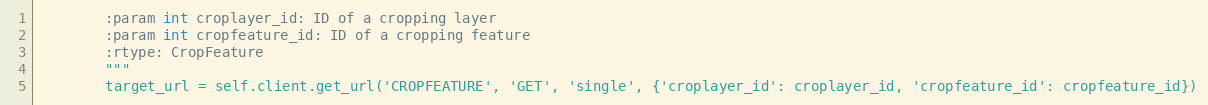
Language: Python
        :param int croplayer_id: ID of a cropping layer
        :param int cropfeature_id: ID of a cropping feature
        :rtype: CropFeature
        """
        target_url = self.client.get_url('CROPFEATURE', 'GET', 'single', {'croplayer_id': croplayer_id, 'cropfeature_id': cropfeature_id})